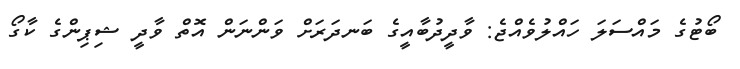
ބޯޓުގެ މައްސަލަ ހައްލުވެއްޖެ: ވާދީދުބާއީގެ ބަނދަރަށް ވަންނަން އޮތް ވާދީ ޝިޕިންގެ ކާގޯ